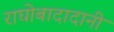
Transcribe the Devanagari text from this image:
राघोबादादानी